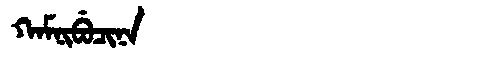
Manchu: ᡴᠠᠮᠨᡳᠪᡠᠴᡳᠨᠠ
Romanization: KAMNIBUCINA